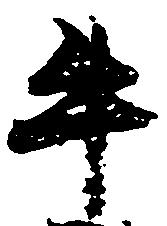
牛